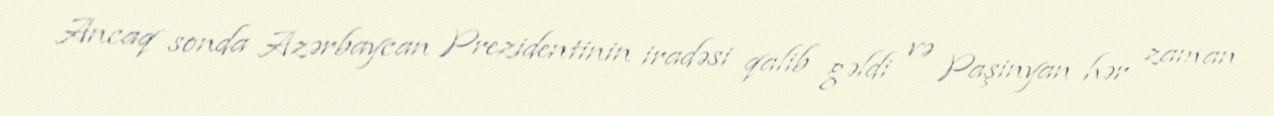
Ancaq sonda Azərbaycan Prezidentinin iradəsi qalib gəldi və Paşinyan hər zaman